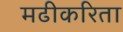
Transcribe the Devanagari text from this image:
मढीकरिता